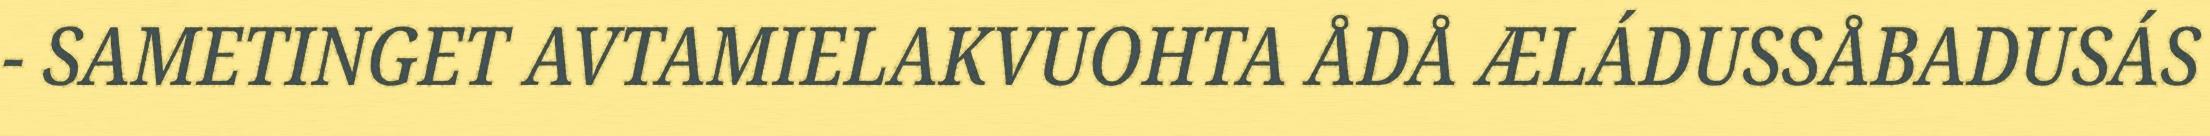
- SAMETINGET AVTAMIELAKVUOHTA ÅDÅ ÆLÁDUSSÅBADUSÁS